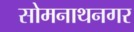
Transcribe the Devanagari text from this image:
सोमनाथनगर